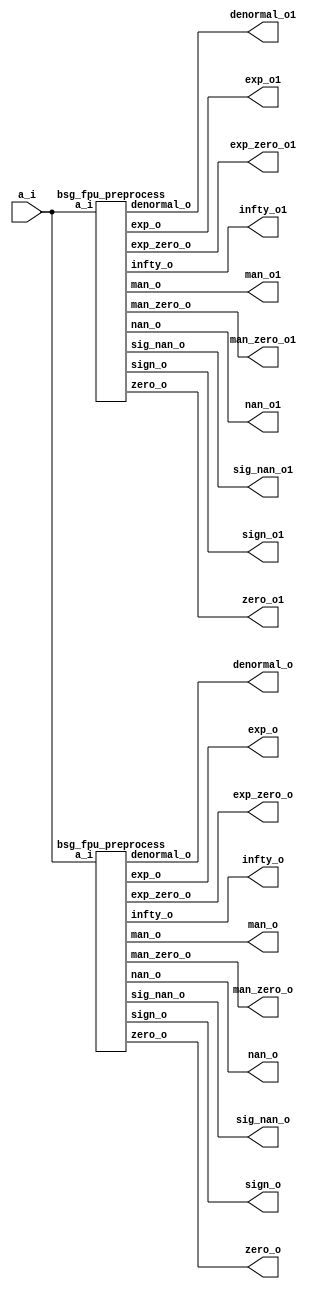


module top
(
  a_i,
  zero_o,
  nan_o,
  sig_nan_o,
  infty_o,
  exp_zero_o,
  man_zero_o,
  denormal_o,
  sign_o,
  exp_o,
  man_o,
  exp_o1, // added for decompiling
  man_o1, // added for decompiling
  zero_o1, // added for decompiling
  nan_o1, // added for decompiling
  sig_nan_o1, // added for decompiling
  infty_o1, // added for decompiling
  exp_zero_o1, // added for decompiling
  man_zero_o1, // added for decompiling
  denormal_o1, // added for decompiling
  sign_o1 // added for decompiling
);

  input [15:0] a_i;
  output [4:0] exp_o;
  output [9:0] man_o;
  output zero_o;
  output nan_o;
  output sig_nan_o;
  output infty_o;
  output exp_zero_o;
  output man_zero_o;
  output denormal_o;
  output sign_o;
  output [4:0] exp_o1; // added for decompiling
  output [9:0] man_o1; // added for decompiling
  output zero_o1; // added for decompiling
  output nan_o1; // added for decompiling
  output sig_nan_o1; // added for decompiling
  output infty_o1; // added for decompiling
  output exp_zero_o1; // added for decompiling
  output man_zero_o1; // added for decompiling
  output denormal_o1; // added for decompiling
  output sign_o1; // added for decompiling


  bsg_fpu_preprocess
  wrapper
  (
    .a_i(a_i),
    .exp_o(exp_o),
    .man_o(man_o),
    .zero_o(zero_o),
    .nan_o(nan_o),
    .sig_nan_o(sig_nan_o),
    .infty_o(infty_o),
    .exp_zero_o(exp_zero_o),
    .man_zero_o(man_zero_o),
    .denormal_o(denormal_o),
    .sign_o(sign_o)
  );

  
  bsg_fpu_preprocess
  wrapper1
  (
    .a_i(a_i),
    .exp_o(exp_o1), // added for decompiling
    .man_o(man_o1), // added for decompiling
    .zero_o(zero_o1), // added for decompiling
    .nan_o(nan_o1), // added for decompiling
    .sig_nan_o(sig_nan_o1), // added for decompiling
    .infty_o(infty_o1), // added for decompiling
    .exp_zero_o(exp_zero_o1), // added for decompiling
    .man_zero_o(man_zero_o1), // added for decompiling
    .denormal_o(denormal_o1), // added for decompiling
    .sign_o(sign_o1) // added for decompiling
  );


endmodule



module bsg_fpu_preprocess
(
  a_i,
  zero_o,
  nan_o,
  sig_nan_o,
  infty_o,
  exp_zero_o,
  man_zero_o,
  denormal_o,
  sign_o,
  exp_o,
  man_o
);

  input [15:0] a_i;
  output [4:0] exp_o;
  output [9:0] man_o;
  output zero_o;
  output nan_o;
  output sig_nan_o;
  output infty_o;
  output exp_zero_o;
  output man_zero_o;
  output denormal_o;
  output sign_o;
  wire [4:0] exp_o;
  wire [9:0] man_o;
  wire zero_o,nan_o,sig_nan_o,infty_o,exp_zero_o,man_zero_o,denormal_o,sign_o,a_i_15_,
  N0,N1,N2,N3,N5,N6,N7,N8,N9,N10,N11,N12,N13,N14,N15,N16,N17,N19;
  assign a_i_15_ = a_i[15];
  assign sign_o = a_i_15_;
  assign exp_o[4] = a_i[14];
  assign exp_o[3] = a_i[13];
  assign exp_o[2] = a_i[12];
  assign exp_o[1] = a_i[11];
  assign exp_o[0] = a_i[10];
  assign man_o[9] = a_i[9];
  assign man_o[8] = a_i[8];
  assign man_o[7] = a_i[7];
  assign man_o[6] = a_i[6];
  assign man_o[5] = a_i[5];
  assign man_o[4] = a_i[4];
  assign man_o[3] = a_i[3];
  assign man_o[2] = a_i[2];
  assign man_o[1] = a_i[1];
  assign man_o[0] = a_i[0];
  assign N0 = exp_o[3] | exp_o[4];
  assign N1 = exp_o[2] | N0;
  assign N2 = exp_o[1] | N1;
  assign N3 = exp_o[0] | N2;
  assign exp_zero_o = ~N3;
  assign N5 = exp_o[3] & exp_o[4];
  assign N6 = exp_o[2] & N5;
  assign N7 = exp_o[1] & N6;
  assign N8 = exp_o[0] & N7;
  assign N9 = man_o[8] | man_o[9];
  assign N10 = man_o[7] | N9;
  assign N11 = man_o[6] | N10;
  assign N12 = man_o[5] | N11;
  assign N13 = man_o[4] | N12;
  assign N14 = man_o[3] | N13;
  assign N15 = man_o[2] | N14;
  assign N16 = man_o[1] | N15;
  assign N17 = man_o[0] | N16;
  assign man_zero_o = ~N17;
  assign zero_o = exp_zero_o & man_zero_o;
  assign nan_o = N8 & N17;
  assign sig_nan_o = nan_o & N19;
  assign N19 = ~man_o[9];
  assign infty_o = N8 & man_zero_o;
  assign denormal_o = exp_zero_o & N17;

endmodule